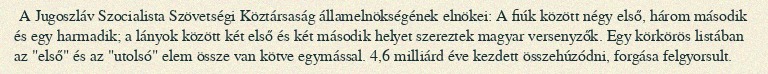
A Jugoszláv Szocialista Szövetségi Köztársaság államelnökségének elnökei: A fiúk között négy első, három második és egy harmadik; a lányok között két első és két második helyet szereztek magyar versenyzők. Egy körkörös listában az "első" és az "utolsó" elem össze van kötve egymással. 4,6 milliárd éve kezdett összehúzódni, forgása felgyorsult.